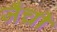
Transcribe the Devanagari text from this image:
जँची